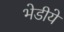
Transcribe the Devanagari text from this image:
भेडीये